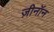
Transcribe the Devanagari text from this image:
ज़ीनॉन